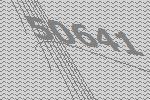
50641